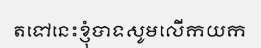
តទៅនេះខ្ញុំបាទសូមលើកយក